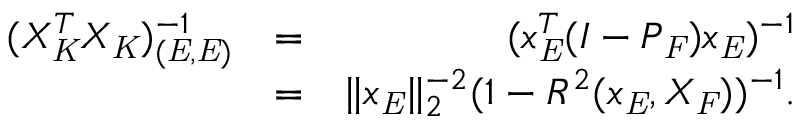
\begin{array} { r l r } { ( X _ { \mathit { K } } ^ { T } X _ { \mathit { K } } ) _ { ( \mathit { E } , \mathit { E } ) } ^ { - 1 } } & { = } & { ( x _ { \mathit { E } } ^ { T } ( I - P _ { \mathit { F } } ) x _ { \mathit { E } } ) ^ { - 1 } } \\ & { = } & { \| x _ { \mathit { E } } \| _ { 2 } ^ { - 2 } ( 1 - R ^ { 2 } ( x _ { \mathit { E } } , X _ { \mathit { F } } ) ) ^ { - 1 } . } \end{array}